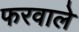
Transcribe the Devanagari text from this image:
फरवाले